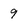
Character: 9